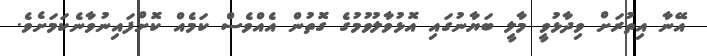
އޭނާ އިތުރަށް ވިދާޅުވީ މާލީ ބަޔާނުގައި އޮޅުވާލުވުމުގެ ގޮތުން އެއްވެސް ކަމެއް ކޮށްފައިނުވާނެކަމަށެވެ.